Anatomy and histology of ticks - Number 23
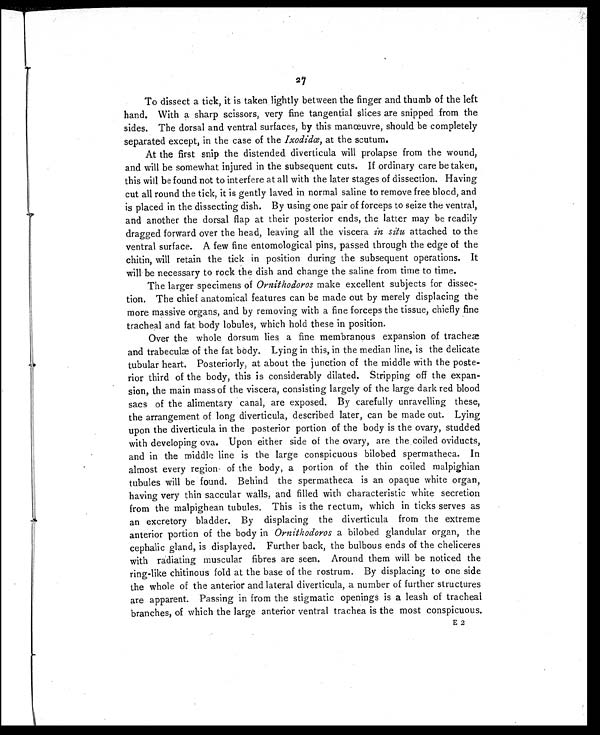
27
To dissect a tick, it is taken lightly between the finger and thumb of the left
hand. With a sharp scissors, very fine tangential slices are snipped from the
sides. The dorsal and ventral surfaces, by this manœuvre, should be completely
separated except, in the case of the Ixodidæ, at the scutum.
At the first snip the distended diverticula will prolapse from the wound,
and will be somewhat injured in the subsequent cuts. If ordinary care be taken,
this will be found not to interfere at all with the later stages of dissection. Having
cut all round the tick, it is gently laved in normal saline to remove free blood, and
is placed in the dissecting dish. By using one pair of forceps to seize the ventral,
and another the dorsal flap at their posterior ends, the latter may be readily
dragged forward over the head, leaving all the viscera in situ attached to the
ventral surface. A few fine entomological pins, passed through the edge of the
chitin, will retain the tick in position during the subsequent operations. It
will be necessary to rock the dish and change the saline from time to time.
The larger specimens of Ornithodoros make excellent subjects for dissec-
tion. The chief anatomical features can be made out by merely displacing the
more massive organs, and by removing with a fine forceps the tissue, chiefly fine
tracheal and fat body lobules, which hold these in position.
Over the whole dorsum lies a fine membranous expansion of tracheæ
and trabeculæ of the fat body. Lying in this, in the median line, is the delicate
tubular heart. Posteriorly, at about the junction of the middle with the poste-
rior third of the body, this is considerably dilated. Stripping off the expan-
sion, the main mass of the viscera, consisting largely of the large dark red blood
sacs of the alimentary canal, are exposed. By carefully unravelling these,
the arrangement of long diverticula, described later, can be made out. Lying
upon the diverticula in the posterior portion of the body is the ovary, studded
with developing ova. Upon either side of the ovary, are the coiled oviducts,
and in the middle line is the large conspicuous bilobed spermatheca. In
almost every region of the body, a portion of the thin coiled malpighian
tubules will be found. Behind the spermatheca is an opaque white organ,
having very thin saccular walls, and filled with characteristic white secretion
from the malpighean tubules. This is the rectum, which in ticks serves as
an excretory bladder. By displacing the diverticula from the extreme
anterior portion of the body in Ornithodoros a bilobed glandular organ, the
cephalic gland, is displayed. Further back, the bulbous ends of the cheliceres
with radiating muscular fibres are seen. Around them will be noticed the
ring-like chitinous fold at the base of the rostrum. By displacing to one side
the whole of the anterior and lateral diverticula, a number of further structures
are apparent. Passing in from the stigmatic openings is a leash of tracheal
branches, of which the large anterior ventral trachea is the most conspicuous.
E 2